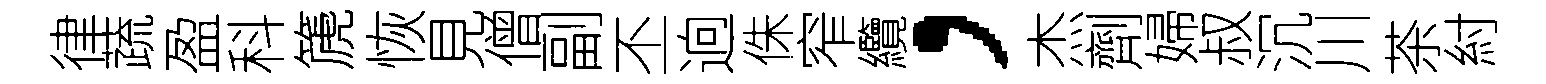
律蔬盈科篪恢見僧副丕逈侏窄纜，杰劑婦叔沉川茶紂